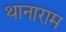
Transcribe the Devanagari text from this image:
थानाराम